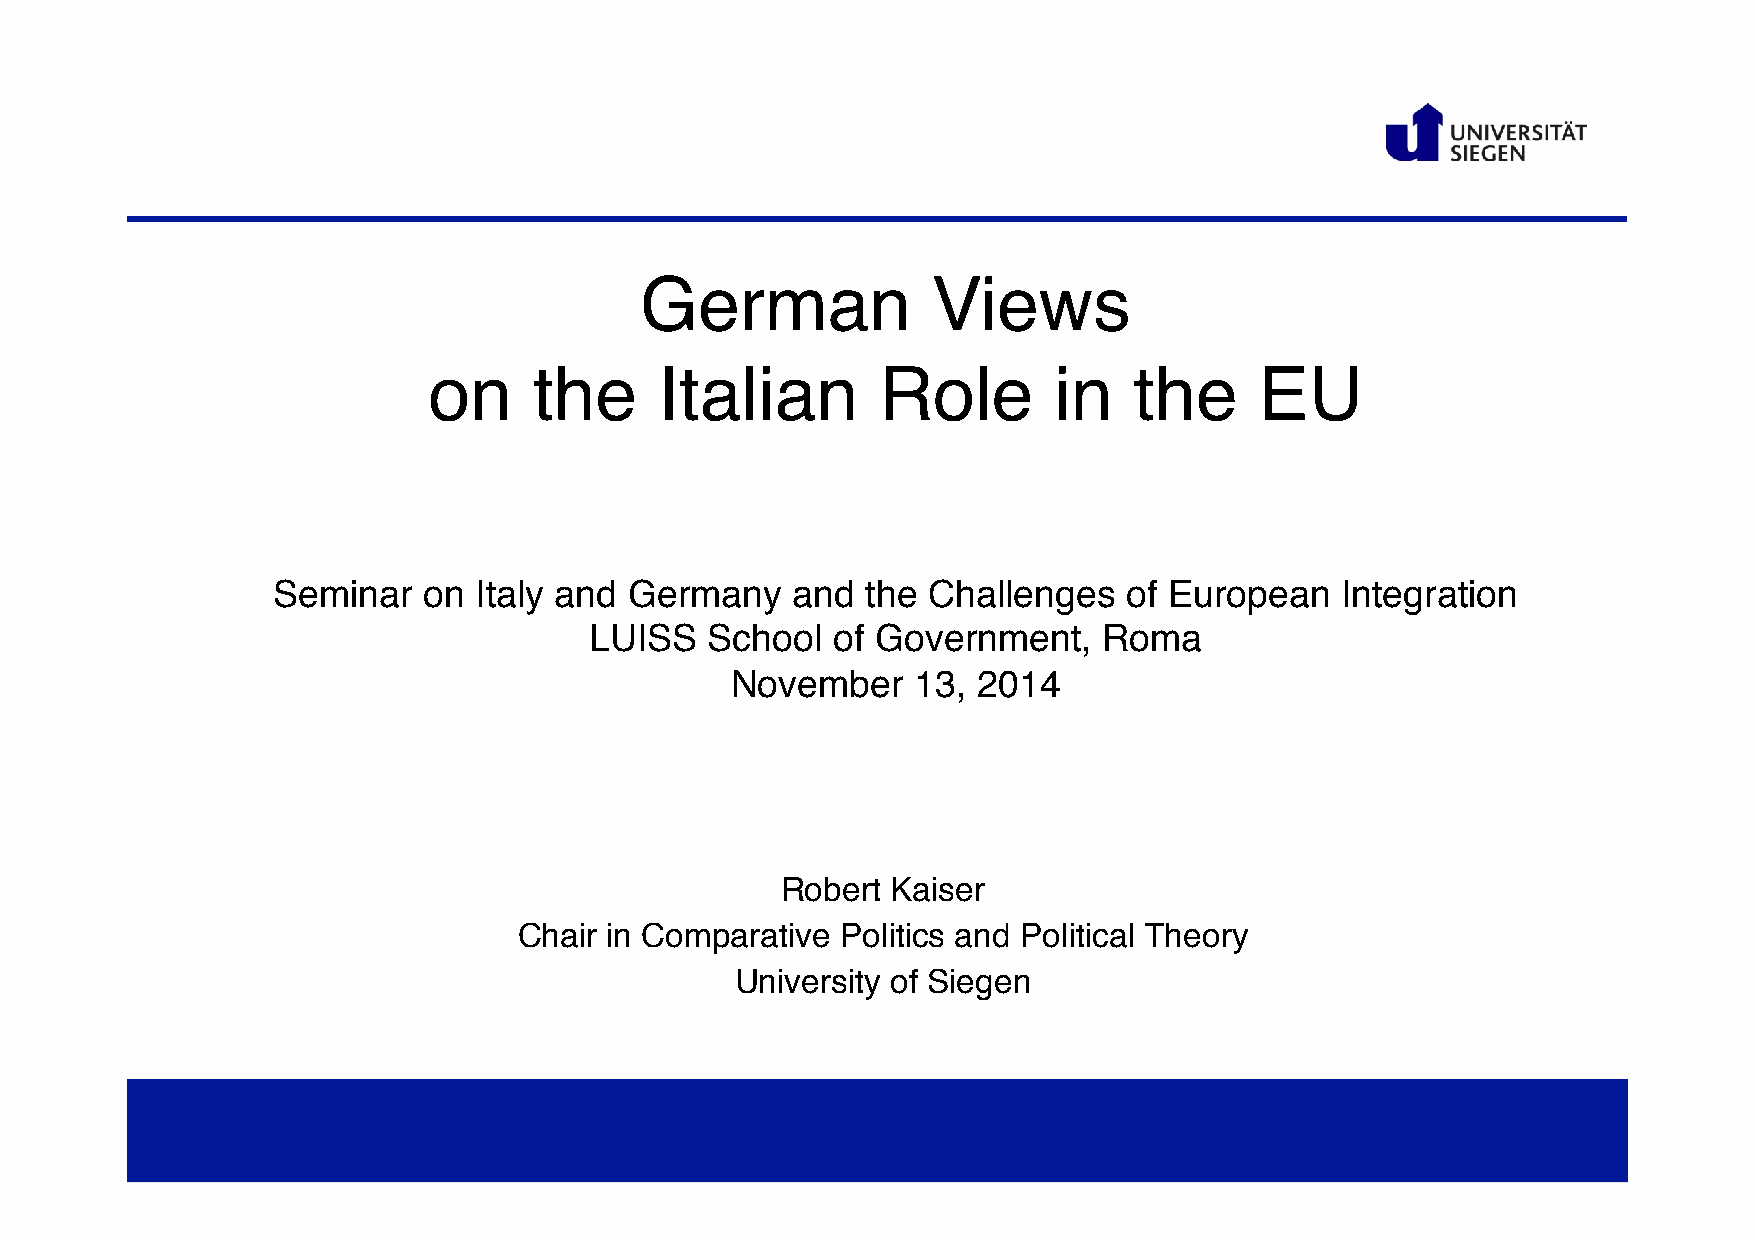
German              Views
 on     the      Italian       Role        in   the     EU
 Seminar   on Italy and  Germany   and  the Challenges    of European   Integration
 LUISS   School  of Government,    Roma
 November     13, 2014
 Robert Kaiser
 Chair in Comparative  Politics and Political Theory
 University of Siegen